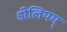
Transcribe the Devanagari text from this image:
हीलियम्